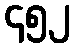
၄၅၂